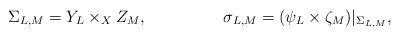
LaTeX: \begin{align*}\Sigma_{L,M} &= Y_L \times_X Z_M, &\sigma_{L,M} &= (\psi_L \times \zeta_M)|_{\Sigma_{L,M}},\end{align*}